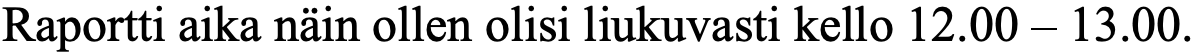
Raportti aika näin ollen olisi liukuvasti kello 12.00 – 13.00.